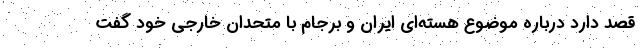
قصد دارد درباره موضوع هسته‌ای ایران و برجام با متحدان خارجی خود گفت